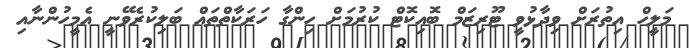
މަލީހް އިތުރަށް ވިދާޅުވީ ޓޫރިޒަމް ބޮއިކޮޓް ކުރުމަށް ހިންގާ ހަރަކާތްތައް ބަލިކުރެވޭނީ އެމީހުންނާއި